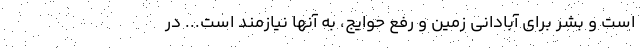
است و بشر برای آبادانی زمین و رفع حوایج، به آنها نیازمند است... در